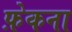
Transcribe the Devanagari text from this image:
फ़ेकना